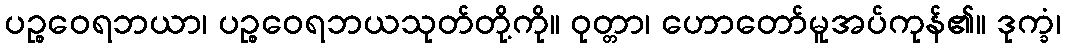
ပဉ္စဝေရဘယာ၊ ပဉ္စဝေရဘယသုတ်တို့ကို။ ဝုတ္တာ၊ ဟောတော်မူအပ်ကုန်၏။ ဒုက္ခံ၊